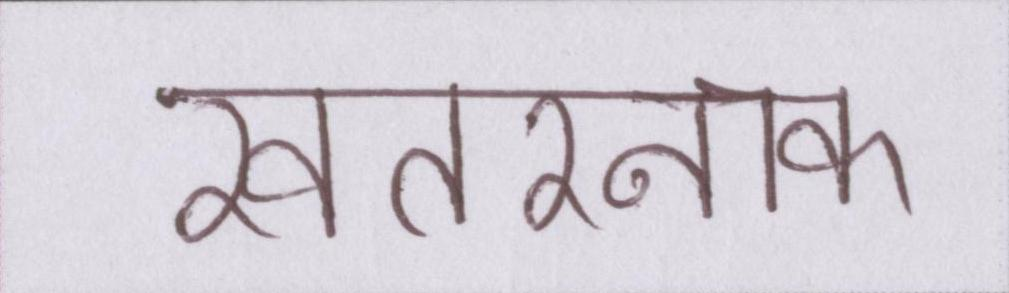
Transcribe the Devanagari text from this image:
खतरनाक